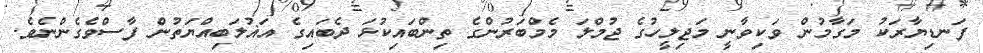
ފަނޑިޔާރަކު މަގާމުން ވަކިވާނީ މަޖިލީހުގެ ޖުމްލަ މެމްބަރުންގެ ތިންބައިކުޅަ ދެބައިގެ އަޣުލަބިއްޔަތުން ފާސްވެގެންނެވެ.